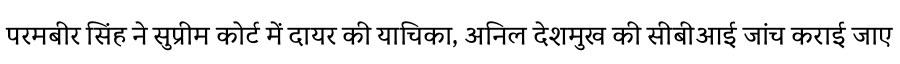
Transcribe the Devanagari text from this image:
परमबीर सिंह ने सुप्रीम कोर्ट में दायर की याचिका, अनिल देशमुख की सीबीआई जांच कराई जाए